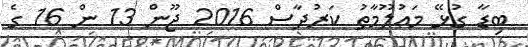
ބިޑާ ގުޅޭ މަޢުލޫމާތު ކަރުދާސް 2016 ޖޫން 13 ން 16 ގެ